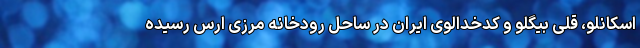
اسکانلو، قلی بیگلو و کدخدالوی ایران در ساحل رودخانه مرزی ارس رسیده